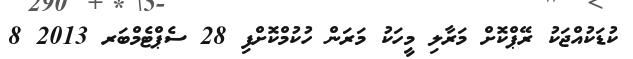
ކުޑަކުއްޖަކު ރޭޕްކޮށް މަރާލި މީހަކު މަރަން ހުކުމްކޮށްފި 28 ސެޕްޓެމްބަރ 2013 8